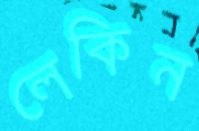
লেকিন